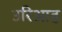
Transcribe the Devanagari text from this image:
उरिआह